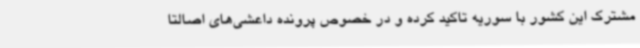
مشترک این کشور با سوریه تاکید کرده و در خصوص پرونده داعشی‌های اصالتا